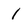
Character: 1